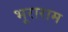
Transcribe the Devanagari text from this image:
भूराराम